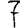
Digit: 7